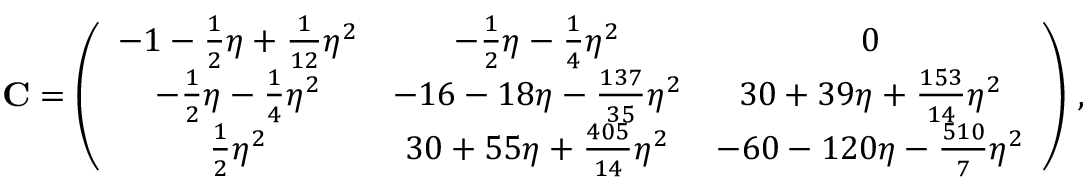
{ \bf C } = \left( \begin{array} { c c c } { - 1 - \frac { 1 } { 2 } \eta + \frac { 1 } { 1 2 } \eta ^ { 2 } } & { - \frac { 1 } { 2 } \eta - \frac { 1 } { 4 } \eta ^ { 2 } } & { 0 } \\ { - \frac { 1 } { 2 } \eta - \frac { 1 } { 4 } \eta ^ { 2 } } & { - 1 6 - 1 8 \eta - \frac { 1 3 7 } { 3 5 } \eta ^ { 2 } } & { 3 0 + 3 9 \eta + \frac { 1 5 3 } { 1 4 } \eta ^ { 2 } } \\ { \frac { 1 } { 2 } \eta ^ { 2 } } & { 3 0 + 5 5 \eta + \frac { 4 0 5 } { 1 4 } \eta ^ { 2 } } & { - 6 0 - 1 2 0 \eta - \frac { 5 1 0 } { 7 } \eta ^ { 2 } } \end{array} \right) \, ,